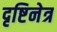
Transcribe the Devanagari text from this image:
दृष्टिनेत्र